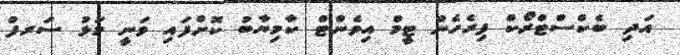
އަދި ބެކްސްޓްރޯކް ފިރެހެން ޓީމް އިވެންޓް ކާމިޔާބު ކޮށްފައި ވަނީ މަޅު ސަރފް